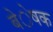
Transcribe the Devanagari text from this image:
बेेेेेषक